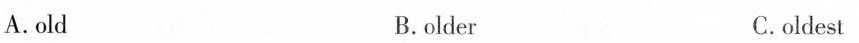
A.old B.older C.oldest